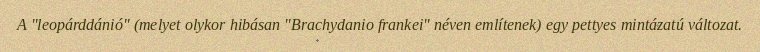
A "leopárddánió" (melyet olykor hibásan "Brachydanio frankei" néven említenek) egy pettyes mintázatú változat.